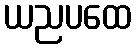
ယညပထေ